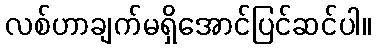
လစ်ဟာချက်မရှိအောင်ပြင်ဆင်ပါ။